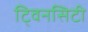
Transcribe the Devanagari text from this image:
टि्वनसिटी